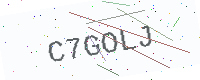
Text: C7GOLJ